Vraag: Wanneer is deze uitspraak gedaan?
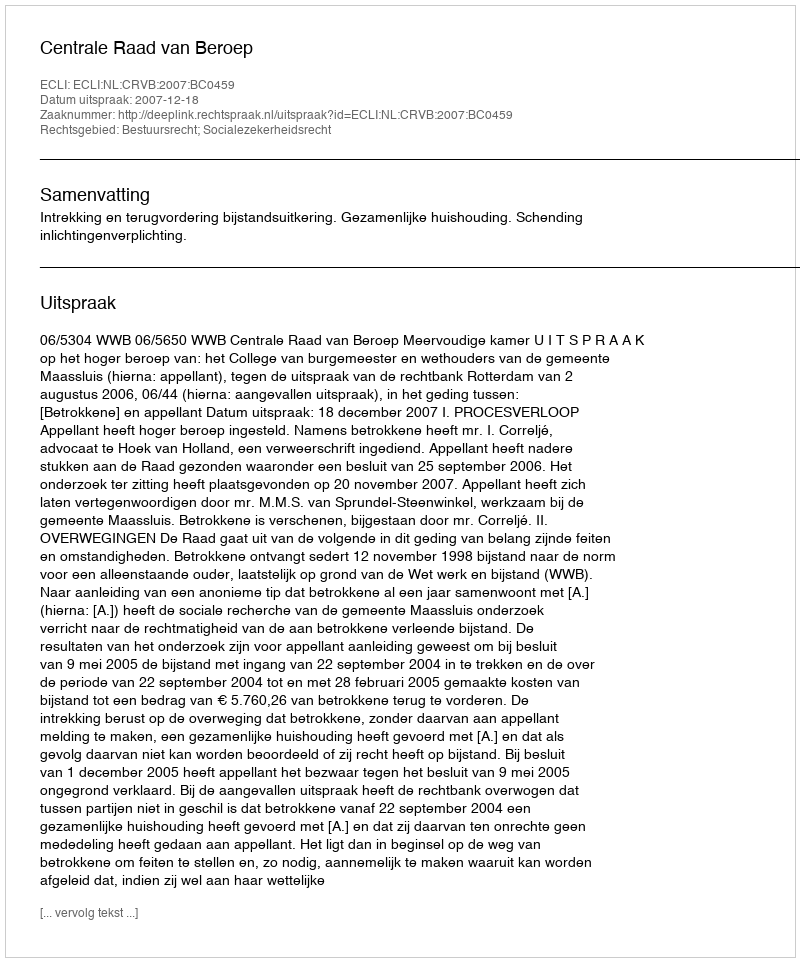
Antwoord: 2007-12-18